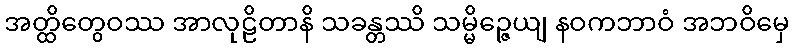
အတ္ထိတွေဝဿ အာလုဠိတာနိ သခန္တဿိ သမ္မိဉ္ဇေယျ နဝကဘာဝံ အဘဝိမှေ